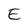
Character: E